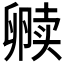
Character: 𫧿